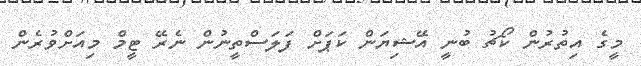
މީގެ އިތުރުން ކޯޗު ބުނީ އޭޝިޔަން ކަޕަށް ފަލަސްތީނުން ނެރޭ ޓީމް މިއަށްވުރެން